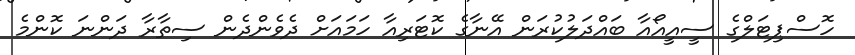
ހޮސްޕިޓަލްގެ ސީއީއޯއާ ބައްދަލުކުރަން އޭނާގެ ކޮޓަރިއާ ހަމައަށް ދެވެންދެން ސިތާރާ ދަންނަ ކޮންމެ